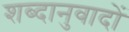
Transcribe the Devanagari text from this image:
शब्दानुवादों